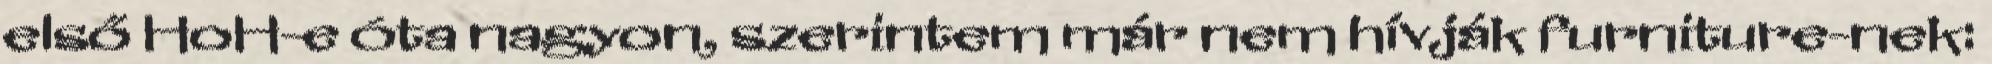
első HoH-e óta nagyon, szerintem már nem hívják furniture-nek: